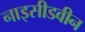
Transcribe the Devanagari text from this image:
नाइसीडवीन